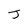
Character: J